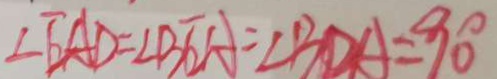
\angle E A D = \angle B E A = \angle B D A = 9 0 ^ { \circ }